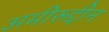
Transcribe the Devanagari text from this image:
अमीरूद्दीन